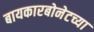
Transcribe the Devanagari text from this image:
बायकारबोनेटच्या